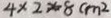
4 \times 2 \times 8 c m ^ { 2 }